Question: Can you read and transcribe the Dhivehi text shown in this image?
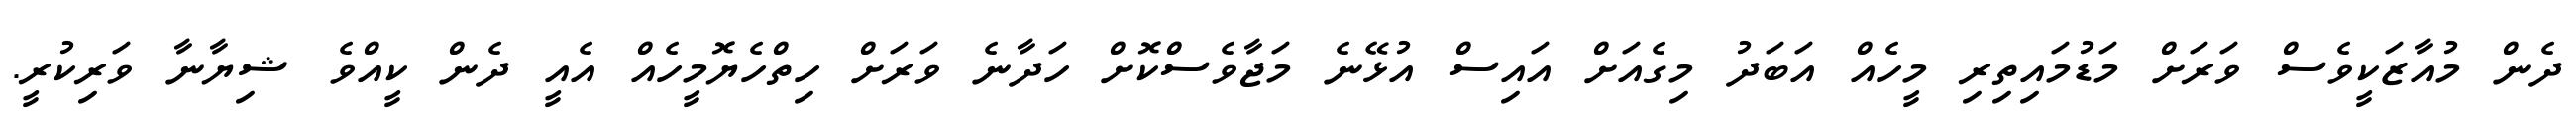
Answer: ދެން މުއާޒަކީވެސް ވަރަށް މަޑުމައިތިރި މީހެއް އަބަދު މިގެއަށް އައިސް އުޅޭނެ މަޖާވެސްކޮށް ހަދާނެ ވަރަށް ހިތްހެޔޮމީހެއް އެއީ ދެން ކީއްވެ ޝިޔާނާ ވަރިކުރީ.